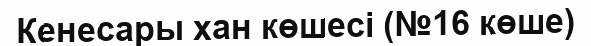
Кенесары хан көшесі (№16 көше)